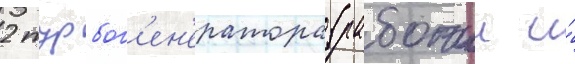
2 турбог'ен'ератора (рабочии и́